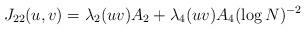
LaTeX: \begin{align*} J_{22}(u,v)=\lambda_2(uv)A_2+\lambda_4(uv)A_4(\log{N})^{-2}\end{align*}